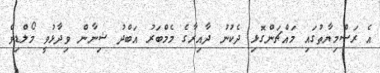
އެ ރަސްމިޔާތުގައި މައްޗަންގޮޅި ދެކުނު ދާއިރާގެ މެމްބަރު އަބްދު ޝިނާން ވިދާޅުވީ މޯލްޑިވް